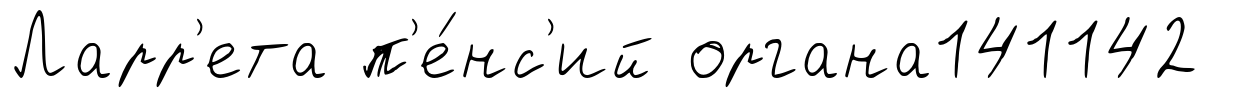
Ларр'ета п'е́нс'ий органа141142